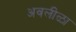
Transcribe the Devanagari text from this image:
अवलीळा